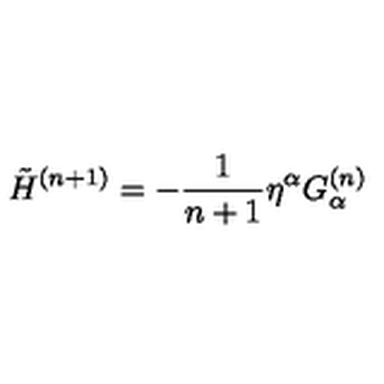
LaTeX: \tilde { H } ^ { ( n + 1 ) } = - \frac { 1 } { n + 1 } \eta ^ { \alpha } G _ { \alpha } ^ { ( n ) }